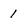
Character: 1